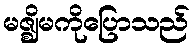
မဇ္ဈိမကိုပြောသည်